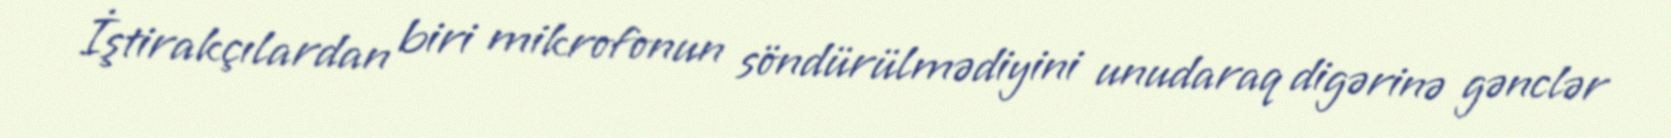
İştirakçılardan biri mikrofonun söndürülmədiyini unudaraq digərinə gənclər